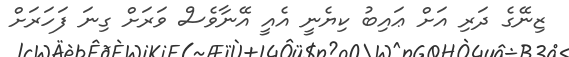
ޒިނޭގެ ދަރި އަށް ޢައިބު ކިޔެނީ އެއީ އޭނާވެސް ވަރަށް ގިނަ ފަހަރަށް